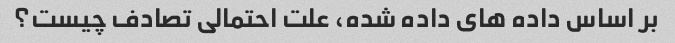
بر اساس داده های داده شده، علت احتمالی تصادف چیست؟